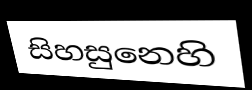
සිහසුනෙහි